Annual returns of the Patna Lunatic Asylum at Bankipore in Bihar and Orissa - 1912-1924
Year: 1912
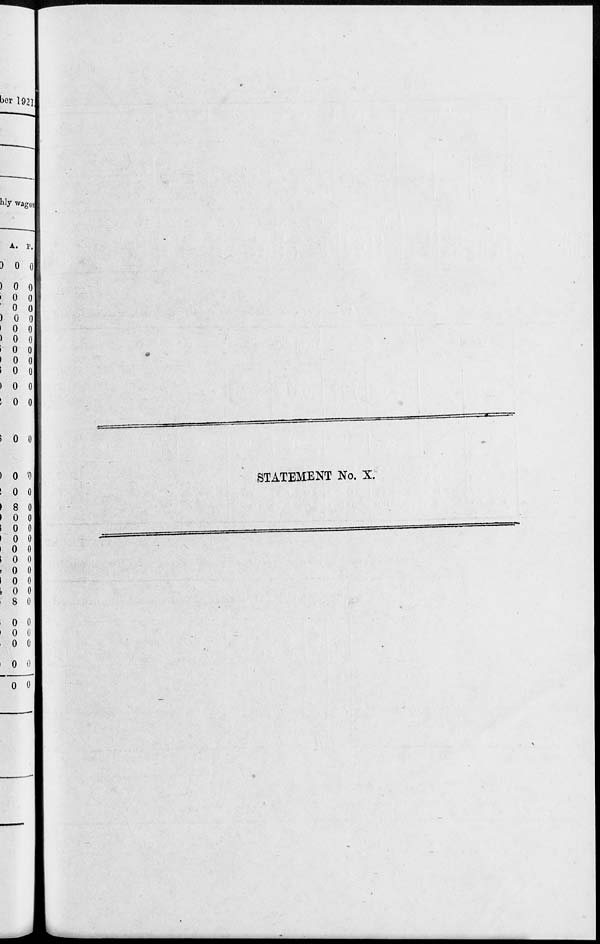
STATEMENT No. X.